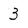
Character: 3